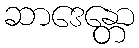
ဆာဒေန္တော